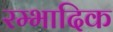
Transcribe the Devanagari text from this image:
रम्‍भादिक